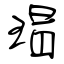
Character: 瑁